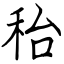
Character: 秮